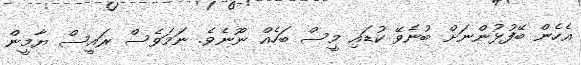
އެހެން ބޭފުޅުންނަށް ބުނެވޭ ކުޑައި މީސް ބަހެއް ނޫނެވެ. ނަމަވެސް ރައީސް ޔާމީން